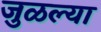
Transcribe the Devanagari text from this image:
जुळल्या